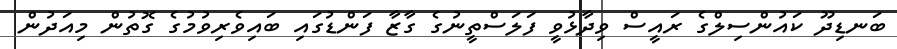
ބަނޑިދޫ ކައުންސިލްގެ ރައީސް ވިދާޅުވީ ފަލަސްތީނުގެ ގާޒާ ފަންޑުގައި ބައިވެރިވުމުގެ ގޮތުން މިއަދުން